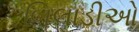
બિલાડીઓ